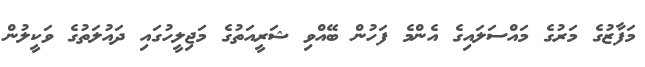
މަފާޒުގެ މަރުގެ މައްސަލައިގެ އެންމެ ފަހުން ބޭއްވި ޝަރީއަތުގެ މަޖިލީހުގައި ދައުލަތުގެ ވަކީލުން